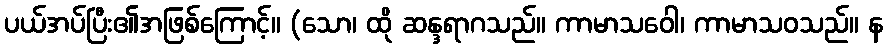
ပယ်အပ်ပြီး၏အဖြစ်ကြောင့်။ (သော၊ ထို ဆန္ဒရာဂသည်။ ကာမာသဝေါ၊ ကာမာသဝသည်။ န